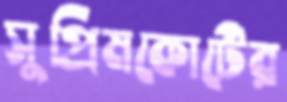
সুপ্রিমকোর্টের